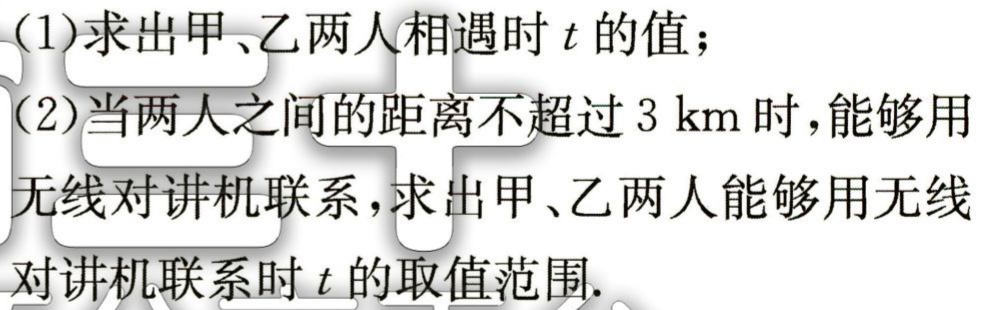
(1)求出甲、乙两人相遇时\(t\)的值；

(2)当两人之间的距离不超过\(3\ \text{km}\)时，能够用无线对讲机联系，求出甲、乙两人能够用无线对讲机联系时\(t\)的取值范围.